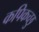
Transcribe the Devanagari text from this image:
कपिकच्छु